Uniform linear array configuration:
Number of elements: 12
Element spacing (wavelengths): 0.75
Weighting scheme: blackman
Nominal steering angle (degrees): -45
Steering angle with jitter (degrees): -44.678
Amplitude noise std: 0.05
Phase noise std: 0.05

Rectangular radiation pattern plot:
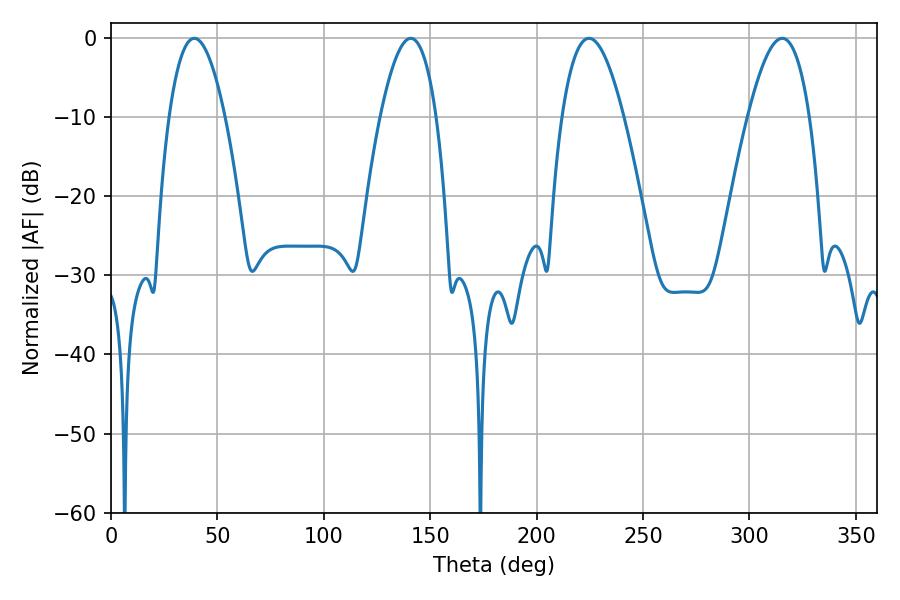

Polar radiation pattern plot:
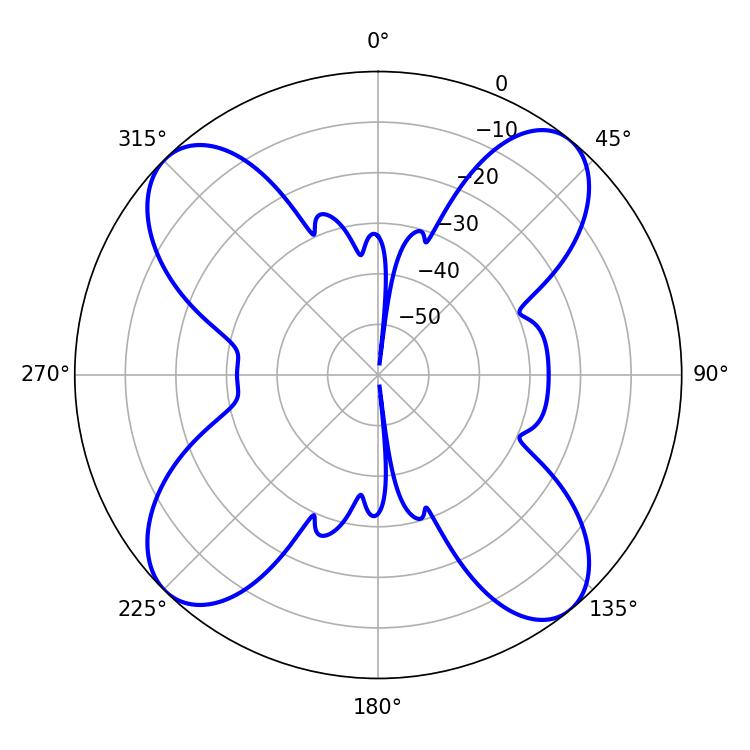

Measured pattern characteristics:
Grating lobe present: TRUE
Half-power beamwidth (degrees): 15.84
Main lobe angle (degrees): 315.36